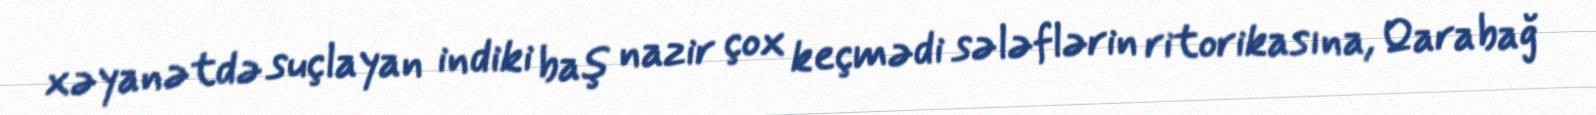
xəyanətdə suçlayan indiki baş nazir çox keçmədi sələflərin ritorikasına, Qarabağ